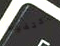
إكتفيت